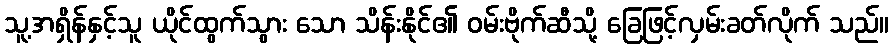
သူ့အရှိန်နှင့်သူ ယိုင်ထွက်သွား သော သိန်းနိုင်၏ ဝမ်းဗိုက်ဆီသို့ ခြေဖြင့်လှမ်းခတ်လိုက် သည်။